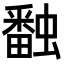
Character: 𧑪